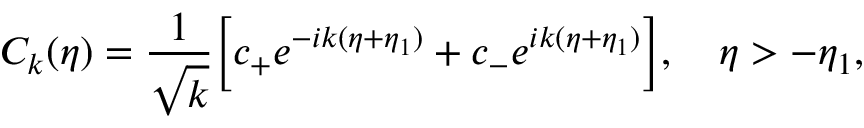
{ \cal C } _ { k } ( \eta ) = \frac { 1 } { \sqrt { k } } \biggl [ c _ { + } e ^ { - i k ( \eta + \eta _ { 1 } ) } + c _ { - } e ^ { i k ( \eta + \eta _ { 1 } ) } \biggr ] , ~ ~ ~ \eta > - \eta _ { 1 } ,